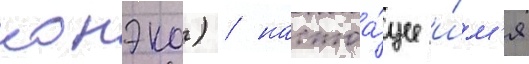
конэко) / настоа́щее и́м'я